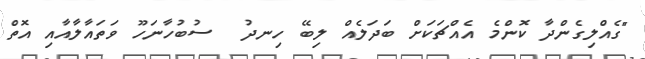
"ގެއްލިގެންދާ ކޮންމެ އެއްޗަކަށް ބަދަލެއް ލިބޭ ހިނދު  ސުބުހާނަހޫ ވަތައާލާއާއި އޮތް